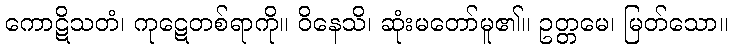
ကောဋိသတံ၊ ကုဋေတစ်ရာကို။ ဝိနေသိ၊ ဆုံးမတော်မူ၏။ ဥတ္တမေ၊ မြတ်သော။